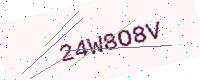
Text: 24W8O8V